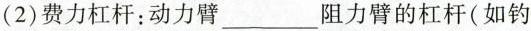
(2)费力杠杆：动力臂____阻力臂的杠杆(如钓